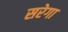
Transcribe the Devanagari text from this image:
सरेगा